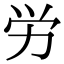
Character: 労